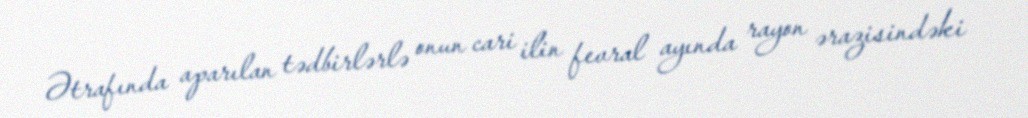
Ətrafında aparılan tədbirlərlə onun cari ilin fevral ayında rayon ərazisindəki